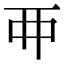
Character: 𬻇